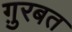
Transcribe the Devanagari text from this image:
ग़ुरबत